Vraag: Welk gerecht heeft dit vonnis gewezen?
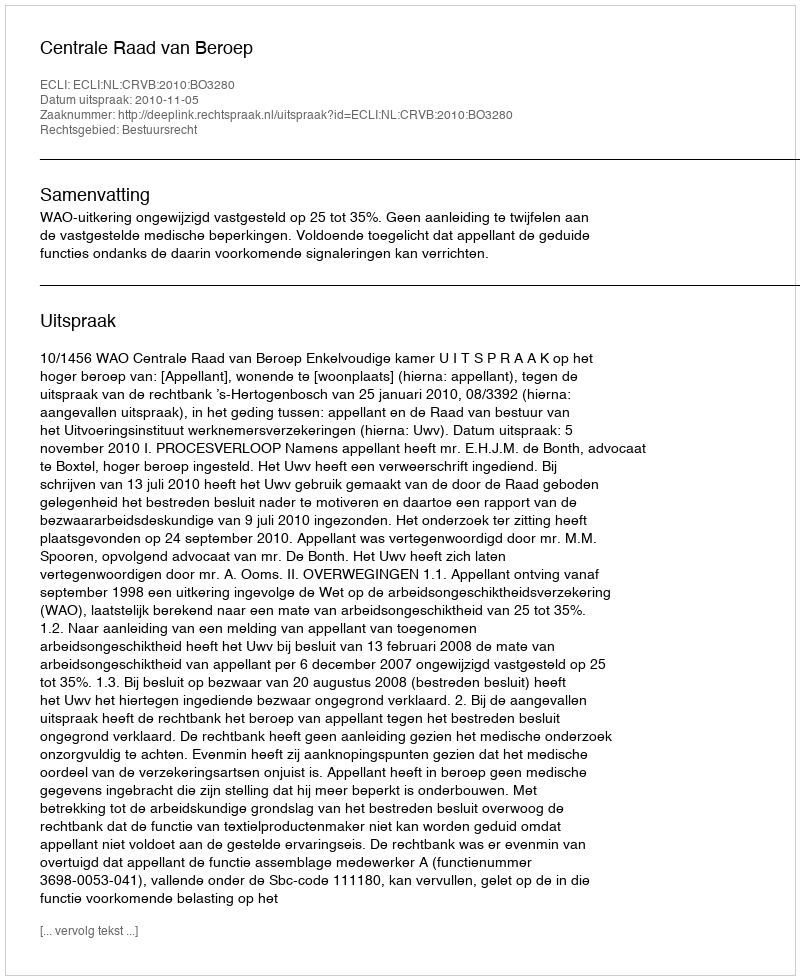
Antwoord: Centrale Raad van Beroep